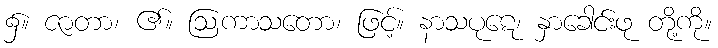
၌။ ဇာတာ၊ ၏။ ဩကာသတော၊ ဖြင့်။ နာသပုဋေ၊ နှာခေါင်းဖု တို့ကို။